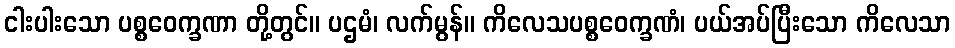
ငါးပါးသော ပစ္စဝေက္ခဏာ တို့တွင်။ ပဌမံ၊ လက်မွန်။ ကိလေသပစ္စဝေက္ခဏံ၊ ပယ်အပ်ပြီးသော ကိလေသာ